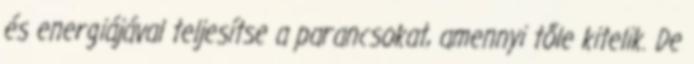
és energiájával teljesítse a parancsokat, amennyi tőle kitelik. De